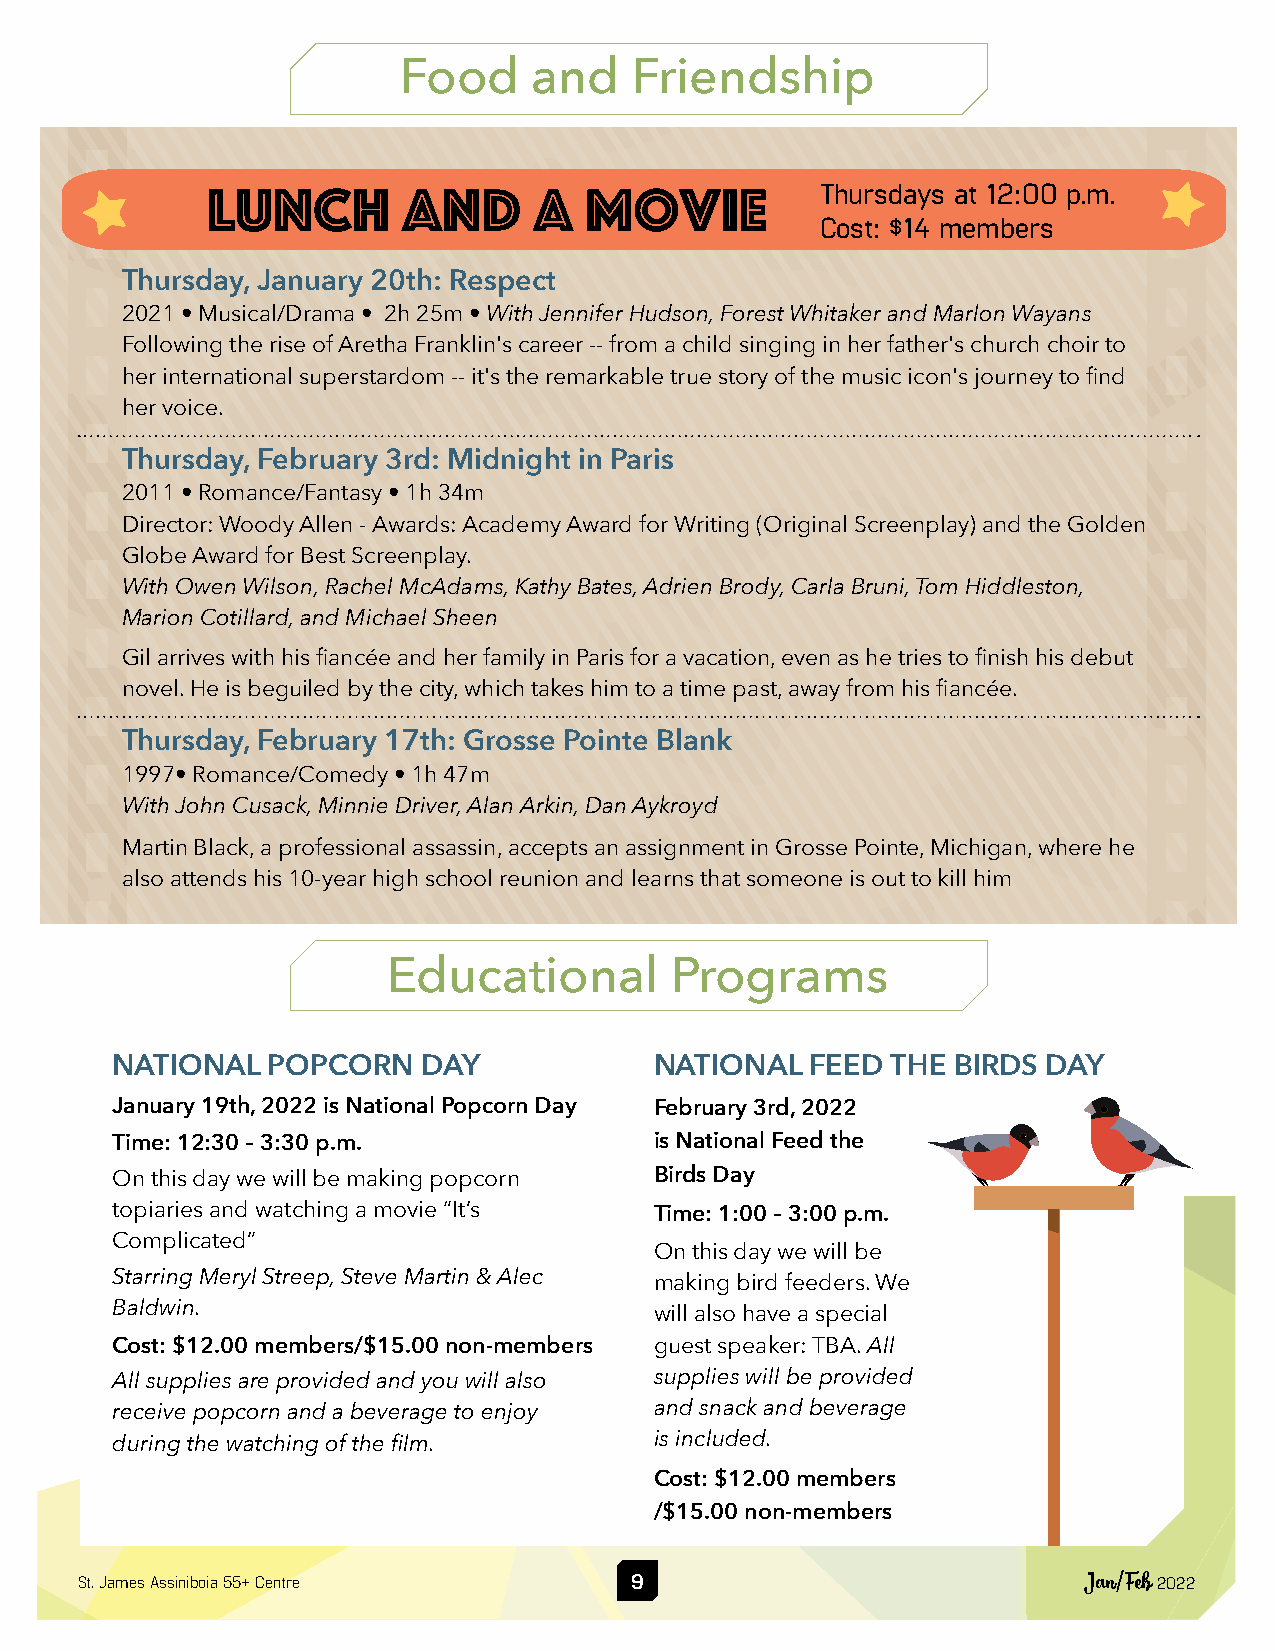
Food     and    Friendship
 Lunch        and     a   movie          Thursdays at 12:00 p.m.
 Cost: $14 members
 Thursday, January 20th: Respect
 2021 • Musical/Drama • 2h 25m • With Jennifer Hudson, Forest Whitaker and Marlon Wayans
 Following the rise of Aretha Franklin's career -- from a child singing in her father's church choir to
 her international superstardom -- it's the remarkable true story of the music icon's journey to find
 her voice.
 Thursday, February 3rd: Midnight in Paris
 2011 • Romance/Fantasy • 1h 34m
 Director: Woody Allen - Awards: Academy Award for Writing (Original Screenplay) and the Golden
 Globe Award for Best Screenplay.
 With Owen Wilson, Rachel McAdams, Kathy Bates, Adrien Brody, Carla Bruni, Tom Hiddleston,
 Marion Cotillard, and Michael Sheen
 Gil arrives with his fiancée and her family in Paris for a vacation, even as he tries to finish his debut
 novel. He is beguiled by the city, which takes him to a time past, away from his fiancée.
 Thursday, February 17th: Grosse Pointe Blank
 1997• Romance/Comedy • 1h 47m
 With John Cusack, Minnie Driver, Alan Arkin, Dan Aykroyd
 Martin Black, a professional assassin, accepts an assignment in Grosse Pointe, Michigan, where he
 also attends his 10-year high school reunion and learns that someone is out to kill him
 Educational       Programs
 NATIONAL   POPCORN   DAY            NATIONAL   FEED THE BIRDS DAY
 January 19th, 2022 is National Popcorn Day February 3rd, 2022
 Time: 12:30 – 3:30 p.m.             is National Feed the
 On this day we will be making popcorn Birds Day
 topiaries and watching a movie “It’s Time: 1:00 – 3:00 p.m.
 Complicated”
 On this day we will be
 Starring Meryl Streep, Steve Martin & Alec
 making bird feeders. We
 Baldwin.
 will also have a special
 Cost: $12.00 members/$15.00 non-members guest speaker: TBA. All
 All supplies are provided and you will also supplies will be provided
 receive popcorn and a beverage to enjoy and snack and beverage
 during the watching of the film.    is included.
 Cost: $12.00 members
 /$15.00 non-members
 St. James Assiniboia 55+ Centre      9                             Jan/Feb 2022